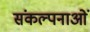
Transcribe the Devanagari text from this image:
संकल्‍पनाओं